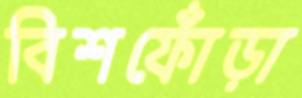
বিশফোঁড়া